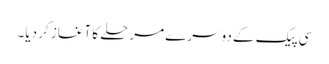
سی پیک کے دوسرے مرحلے کا آغاز کر دیا۔